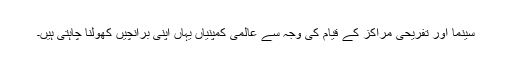
سینما اور تفریحی مراکز کے قیام کی وجہ سے عالمی کمپنیاں یہاں اپنی برانچیں کھولنا چاہتی ہیں۔